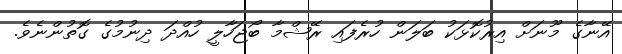
އޭނާގެ މޫނަށް އިރުކޮޅަކު ބަލަން ހުރެފައި ރޭޝްމާ ބޯޖަހާލީ ހުއްދަ ދިނުމުގެ ގޮތުންނެވެ.